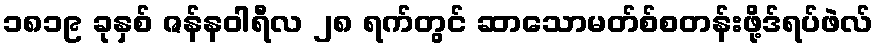
၁၈၁၉ ခုနှစ် ဇန်နဝါရီလ ၂၈ ရက်တွင် ဆာသောမတ်စ်စတန်းဖို့ဒ်ရပ်ဖဲလ်